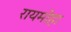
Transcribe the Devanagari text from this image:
रायमोहा